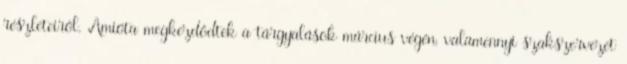
részleteiről. Amióta megkezdődtek a tárgyalások március végén, valamennyi szakszervezet